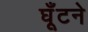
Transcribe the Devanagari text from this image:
घूँटने